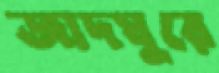
জাদঘুরে